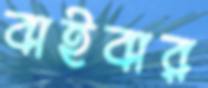
বাইবার